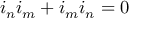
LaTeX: i _ { n } i _ { m } + i _ { m } i _ { n } = 0